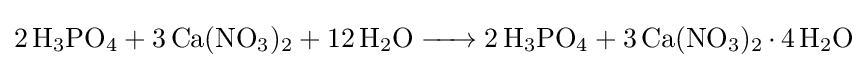
{\ce {2 H3PO4 + 3 Ca(NO3)2 + 12 H2O -> 2 H3PO4 + 3 Ca(NO3)2.4H2O}}